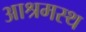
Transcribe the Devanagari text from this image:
आश्रमस्थ